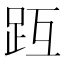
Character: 𧿟